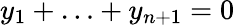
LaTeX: y_{1}+\ldots+y_{n+1}=0